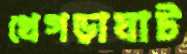
খেগড়াঘাট